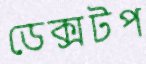
ডেক্সটপ